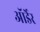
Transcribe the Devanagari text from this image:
ऑर्डेर